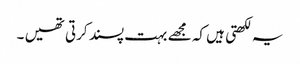
یہ لکھتی ہیں کہ مجھے بہت پسند کرتی تھیں ۔